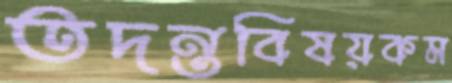
তদন্তবিষয়কম